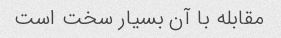
مقابله با آن بسیار سخت است